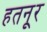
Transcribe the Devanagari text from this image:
हतनूर